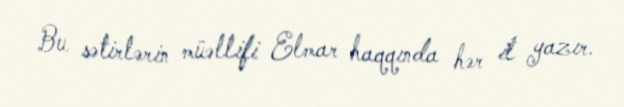
Bu sətirlərin müəllifi Elmar haqqında hər il yazır.